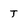
Character: T